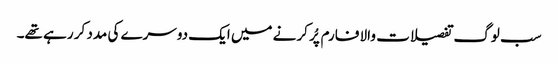
سب لوگ تفصیلات والا فارم پُر کرنے میں ایک دوسرے کی مدد کر رہے تھے۔